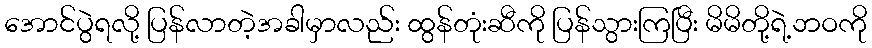
အောင်ပွဲရလို့ ပြန်လာတဲ့အခါမှာလည်း ထွန်တုံးဆီကို ပြန်သွားကြပြီး မိမိတို့ရဲ့ဘဝကို